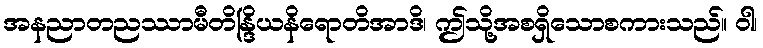
အနညာတညဿာမီတိန္ဒြိယနိရောတိအာဒိ၊ ဤသို့အစရှိသောစကားသည်။ ဝါ၊